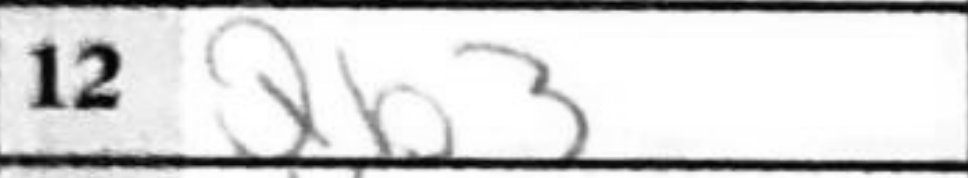
Transcription: Qb5